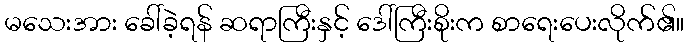
မသေးအား ခေါ်ခဲ့ရန် ဆရာကြီးနှင့် ဒေါ်ကြီးစိုးက စာရေးပေးလိုက်၏။